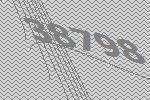
38798